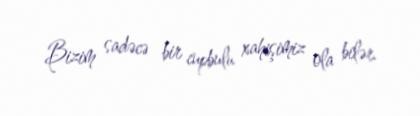
Bizim sadəcə bir cupbulu xahişimiz ola bilər.